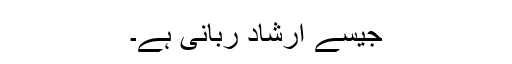
جیسے ارشادِ ربانی ہے۔